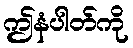
ဤနံပါတ်ကို